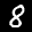
Label: 8